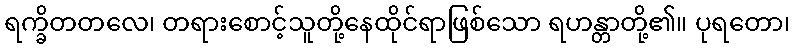
ရက္ခိတတလေ၊ တရားစောင့်သူတို့နေထိုင်ရာဖြစ်သော ရဟန္တာတို့၏။ ပုရတော၊